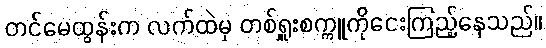
တင်မေထွန်းက လက်ထဲမှ တစ်ရှူးစက္ကူကိုငေးကြည့်နေသည်။